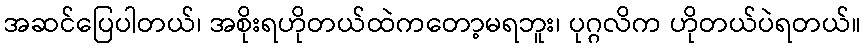
အဆင်ပြေပါတယ်၊ အစိုးရဟိုတယ်ထဲကတော့မရဘူး၊ ပုဂ္ဂလိက ဟိုတယ်ပဲရတယ်။